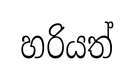
හරියත්